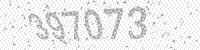
Solution: 397073